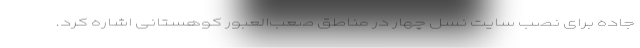
جاده برای نصب سایت نسل چهار در مناطق صعب‌العبور کوهستانی اشاره کرد.